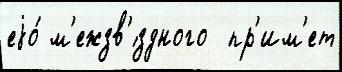
еjо́ м'ежзв'́здного  пр'им'ет